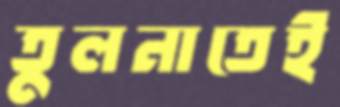
তুলনাতেই